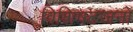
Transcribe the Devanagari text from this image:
विशिषटजनों